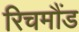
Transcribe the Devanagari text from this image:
रिचमौंड